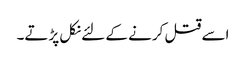
اسے قتل کرنے کے لئے نکل پڑتے۔